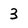
Character: 3